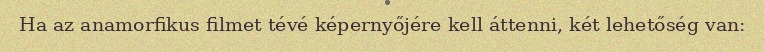
Ha az anamorfikus filmet tévé képernyőjére kell áttenni, két lehetőség van: